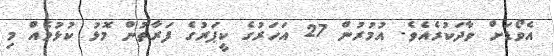
އެވޯޑަށް ވާދަކުރެއެވެ. އުމުރުން 27 އަހަރުގެ ކީޕަރުގެ ފަރާތުން މޮޅު ކުޅުމެއް މި